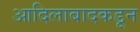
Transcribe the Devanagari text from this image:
आदिलाबादकडून